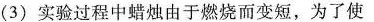
(3)实验过程中蜡烛由于燃烧而变短，为了使